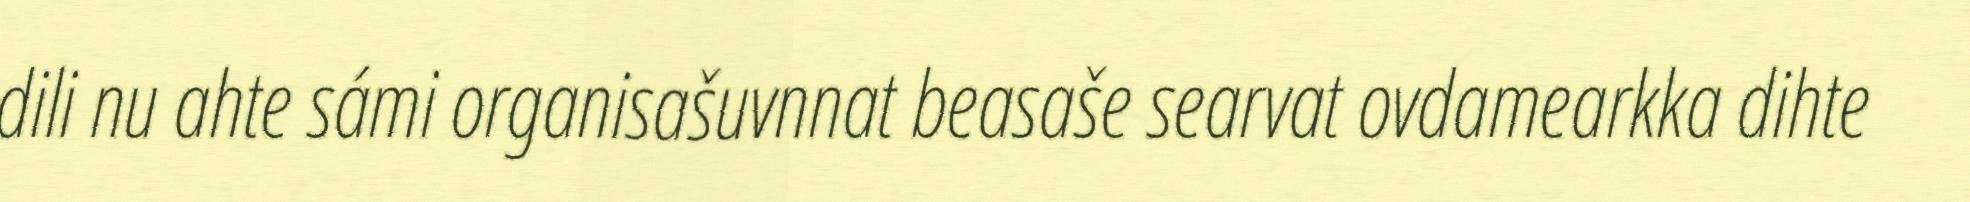
dili nu ahte sámi organisašuvnnat beasaše searvat ovdamearkka dihte